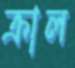
ক্রাল